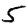
Digit: 5